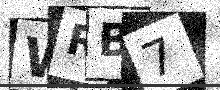
Text: WRB7